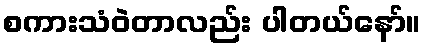
စကားသံဝဲတာလည်း ပါတယ်နော်။